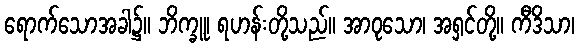
ရောက်သောအခါ၌။ ဘိက္ခူ၊ ရဟန်းတို့သည်။ အာဝုသော၊ အရှင်တို့။ ကီဒိသာ၊